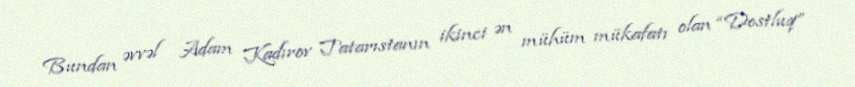
Bundan əvvəl Adam Kadırov Tatarıstanın ikinci ən mühüm mükafatı olan “Dostluq”